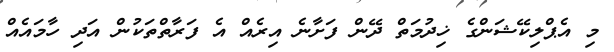
މި އެޕްލިކޭޝަންގެ ޚިދުމަތް ދޭން ފަށާނެ އިރެއް އެ ފަރާތްތަކުން އަދި ހާމައެއް